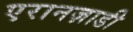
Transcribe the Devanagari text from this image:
एरानज़ाडी